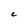
Character: C